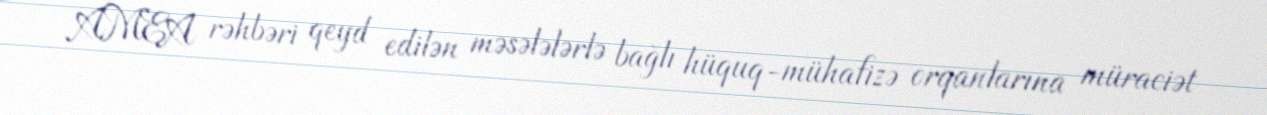
AMEA rəhbəri qeyd edilən məsələlərlə bağlı hüquq-mühafizə orqanlarına müraciət